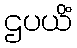
ဌပယိံ